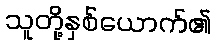
သူတို့နှစ်ယောက်၏